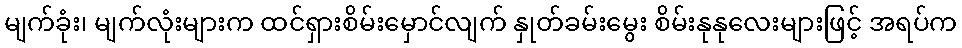
မျက်ခုံး၊ မျက်လုံးများက ထင်ရှားစိမ်းမှောင်လျက် နှုတ်ခမ်းမွေး စိမ်းနုနုလေးများဖြင့် အရပ်က